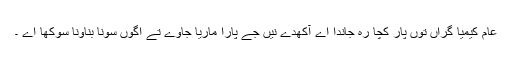
عام کیمیا گراں توں پار کچا رہ جاندا اے آکھدے نیں جے پارا ماریا جاوے تے اگوں سونا بناونا سوکھا اے ۔